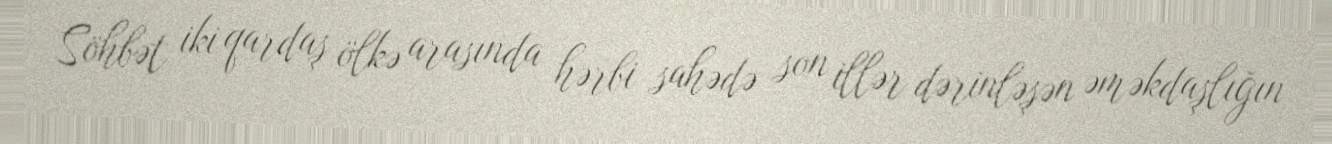
Söhbət iki qardaş ölkə arasında hərbi sahədə son illər dərinləşən əməkdaşlığın